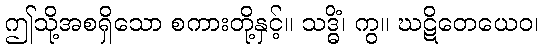
ဤသို့အစရှိသော စကားတို့နှင့်။ သဒ္ဓိံ၊ ကွ။ ဃဋိတေယေဝ၊